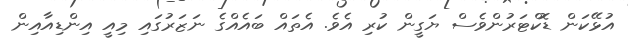
އުޅޭކަން ޑޮކްޓަރުންވެސް ޔަގީން ކުރި އެވެ. އެތައް ބައެއްގެ ނަޒަރުގައި މިއީ އިންޑިއާއިން